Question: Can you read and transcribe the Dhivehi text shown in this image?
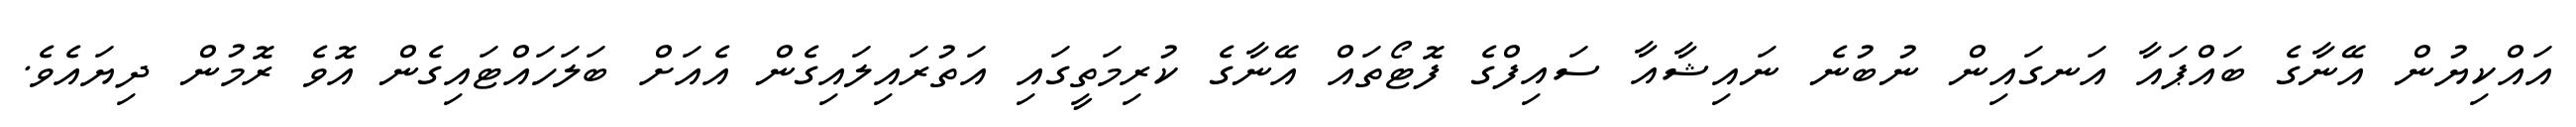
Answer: އައްކިޔުން އޭނާގެ ބައްޕައާ އަނގައިން ނުބުނެ ނައިޝާއާ ސައިފްގެ ފޮޓޯތައް އޭނާގެ ކުރިމަތީގައި އަތުރައިލައިގެން އެއަށް ބަލަހައްޓައިގެން އޮވެ ރޮމުން ދިޔައެވެ.